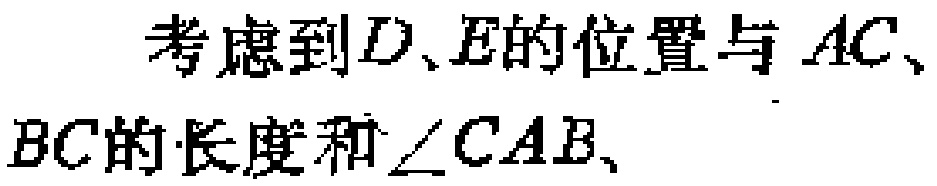
考虑到\(D、E\)的位置与 \(AC、BC\)的长度和\(\angle CAB\)、